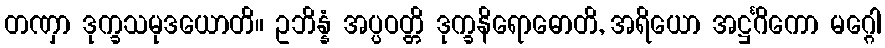
တဏှာ ဒုက္ခသမုဒယောတိ။ ဥဘိန္နံ အပ္ပဝတ္တိ ဒုက္ခနိရောဓောတိ, အရိယော အဋ္ဌင်္ဂိကော မဂ္ဂေါ